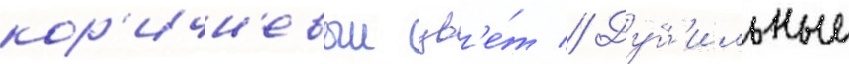
кор'ичн'евыи цв'е́т // Дуб'ильные